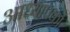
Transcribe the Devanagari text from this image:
आध्यापकों